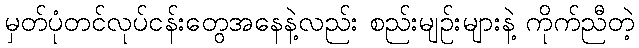
မှတ်ပုံတင်လုပ်ငန်းတွေအနေနဲ့လည်း စည်းမျဉ်းများနဲ့ ကိုက်ညီတဲ့